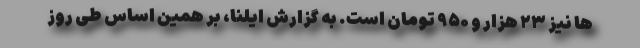
ها نیز ۲۳ هزار و ۹۵۰ تومان است. به گزارش ایلنا، بر همین‌ اساس طی روز